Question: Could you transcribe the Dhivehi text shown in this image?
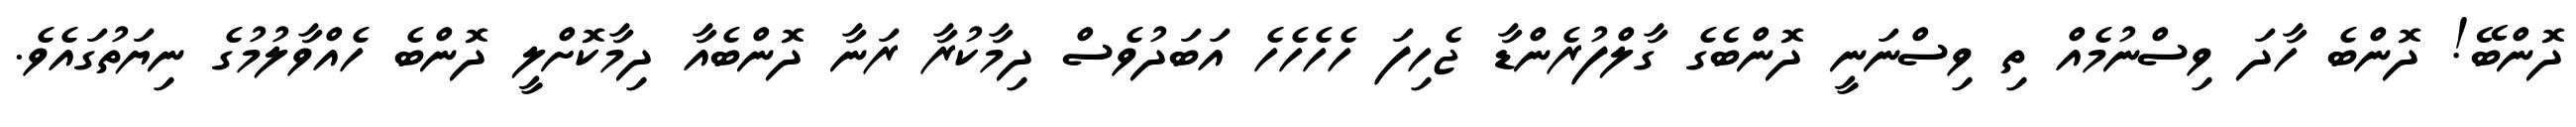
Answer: ދޮންބޭ! ދޮންބެ ހާދަ ވިސްނުމެއް ތި ވިސްނަނީ ދޮންބެގެ ގާލްފުރެންޑާ ޖެހިފަ ހެހެހެހެ އަބަދުވެސް ދިމާކުރާ ރަނާ ދޮންބެއާ ދިމާކޮށްލީ ދޮންބެ ހެއްވާލުމުގެ ނިޔަތުގައެވެ.